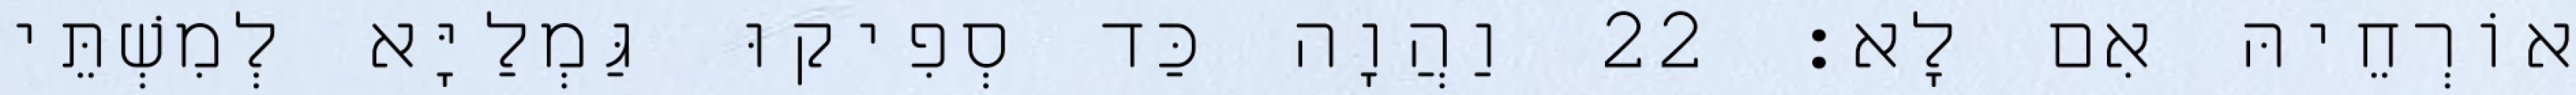
אוֹרְחֵיהּ אִם לָא׃ 22 וַהֲוָה כַּד סְפִיקוּ גַּמְלַיָּא לְמִשְׁתֵּי